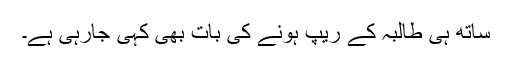
ساتھ ہی طالبہ کے ریپ ہونے کی بات بھی کہی جارہی ہے۔